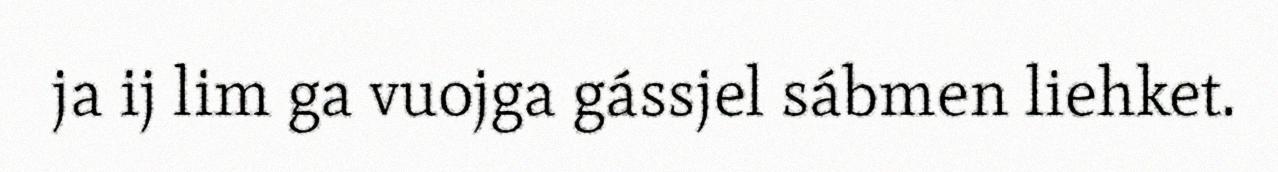
ja ij lim ga vuojga gássjel sábmen liehket.